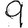
Digit: 9